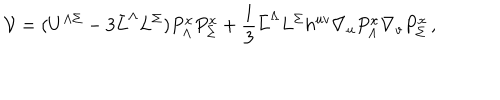
LaTeX: { \cal V } = ( U ^ { \Lambda \Sigma } - 3 \bar { L } ^ { \Lambda } L ^ { \Sigma } ) P _ { \Lambda } ^ { x } P _ { \Sigma } ^ { x } + \frac 1 3 \bar { L } ^ { \Lambda } L ^ { \Sigma } h ^ { u v } \nabla _ { u } P _ { \Lambda } ^ { x } \nabla _ { v } P _ { \Sigma } ^ { x } \, ,